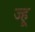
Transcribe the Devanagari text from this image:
ज्हू